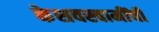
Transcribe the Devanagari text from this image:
केशवस्वामींची